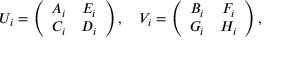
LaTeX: U _ { i } = \left( \begin{array} { c c } { { A _ { i } } } & { { E _ { i } } } \\ { { C _ { i } } } & { { D _ { i } } } \end{array} \right) , \quad V _ { i } = \left( \begin{array} { c c } { { B _ { i } } } & { { F _ { i } } } \\ { { G _ { i } } } & { { H _ { i } } } \end{array} \right) ,